Leaving Certificate Examination (including Day School Certificate (Higher) General paper), 1928
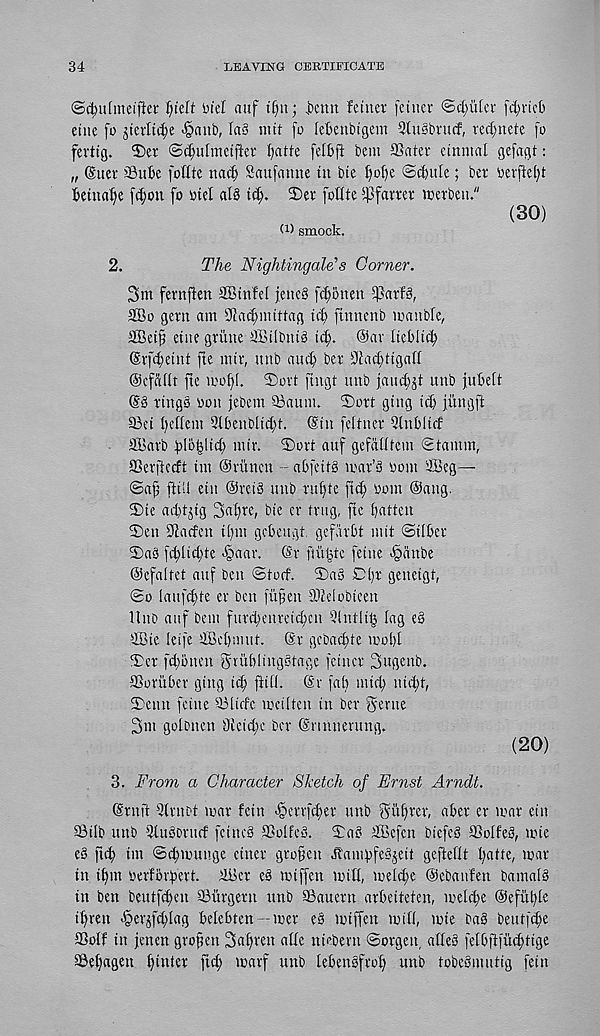
34
LB AVENG CERTIFICATE
©c^ulmeifier Ijielt bid auf t§n; .berm fetnei - [cuter ©critter [t^rieO
etite [o jterlt$e -§aitb, (as nut fo letenbigem Qtusbrucf, rec(;nete [o
fevtig. ©et ©c^ufmetfler [jatte fdbft bem SSater einntal gefagt:
„ (Suer 33ttbe [odte nac£) Saufamre tn bte ()o()e ©d)itle; ber yerfte()t
Betnabe [d;ou fo mel alb id;, ©er foUte ipfarrer tcerbeu."
(30)
t 1 ) smock.
2.
The Nightingale’s Corner.
3m fernften SCtufel jeneb [t^onen IjJarfb,
2Bo gem am s Jiad;mtttag tel; ftmrenb manbfe,
SBet§ erne gritne ffitlbntb id;. ®ar liebltd)
(Srfd;etnt fie mtr, mtb aud; ber 9iad;ttgall
©cfaflt fte ii'o{;[. ©ort fingt nub jaud;jt nub jubett
(§b rings won Jebem 93auin. ©ort ging id; jitngft
33ei bellem 91benbtid;t. (Sin feltner Qlnbitef
SBarb f)lb|itd; mtr. ©ort auf gefalltein Stamm,
aSerjlecft im ©ritnen - abfeitb mar’s oom 91>eg—
©afj ftiil eitt ®reib nub rul;te ftt^ oom @ang.
©te ad)tjtg 3«l;re, bte er trug, fte batten
©en 91aden tiim gebeugt. gefarbt in it ©tlbcr
©ab fd;lid;te ^aar. (Sr ftufjtc fetne -§anbe
©cfaltet auf ben ©tod. ©ab Cfr geneigt,
©o laufd)te er ben fuften aileiobieen
Hub auf bem furd;eureicbcn yintlit; lag eb
9Bie leife 4Bd)nuit. (Sr gcbadde mold
©cr fd;otten gtubltugbtagc fctttcr 3ugenb.
(Boruber gtng id; [till, ©v fair mid; tiid;t,
©enu fetne Slide mcilten in ber genie
3m golbnen 9ieid;c ber ©rtnnerung.
(20)
3. From a Character Sketch of Ernst Arndt.
(Srnft 91 met mar fetn >§errfcber nub gul)rer, a ber er mar etn
Stlb nub 91ubbritd fetneb SSolfcb. ©ab rffiefen btefeb SSolfeb, mie
eb fid) im ©dtmuuge einer gro§eu ^'amfpbjeit gefteflt l;atte, mar
in i^m oerfbrbert. 911 er eb miffen mill, meld;e ©ebaufen bamalb
in ben beutfebeu Surgern unb Saucrn arbeiteten, meld;e ©efitble
iffrett '§er^fd;lag belebten —mer eb miffen mid, mie bab beutfdfe
ffiolf in fenen gropen 3al;ren ade ntebern ©orgen, adeb fetbftfucbtige
S8e£;agen bdder ftd; marf unb lebenbfrob unb tobebmutig feitt